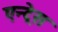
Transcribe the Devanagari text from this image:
एन्ट्रेस